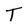
Character: T